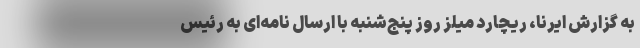
به گزارش ایرنا، ریچارد میلز روز پنج‌شنبه با ارسال نامه‌ای به رئیس